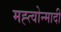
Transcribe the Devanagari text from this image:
मह्त्वोन्मादी